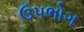
ઉપભોગ